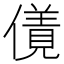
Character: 𠏌